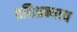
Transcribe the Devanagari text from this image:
प्रतिअन्याय